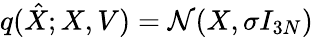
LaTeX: q(\hat{{X}};{X},{V})=\mathcal{N}({{X}},\sigma I_{3N})